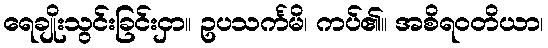
ရေချိုးသွင်းခြင်းငှာ။ ဥပသင်္ကမိ၊ ကပ်၏။ အစိရဝတိယာ၊